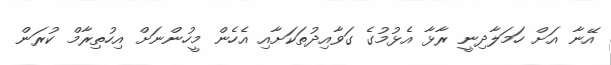
އޭނާ އަށް ހަމަލާދިނީ ރާޅާ އެޅުމުގެ ގަވާއިދުތަކަށާއި އެހެން މީހުންނަށް އިހުތިރާމް ކުރަން